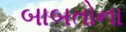
બાબતોના